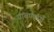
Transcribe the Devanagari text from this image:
धावण्यार्य